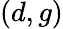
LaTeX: (d,g)